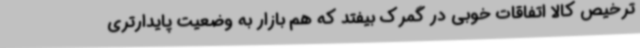
ترخیص کالا اتفاقات خوبی در گمرک بیفتد که هم بازار به وضعیت پایدارتری